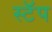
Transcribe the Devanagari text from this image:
स्टॅप